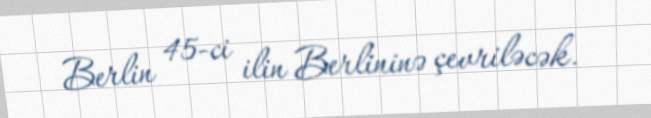
Berlin 45-ci ilin Berlininə çevriləcək.